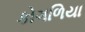
કોગળિયા